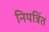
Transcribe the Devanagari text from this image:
नियत्रिंत